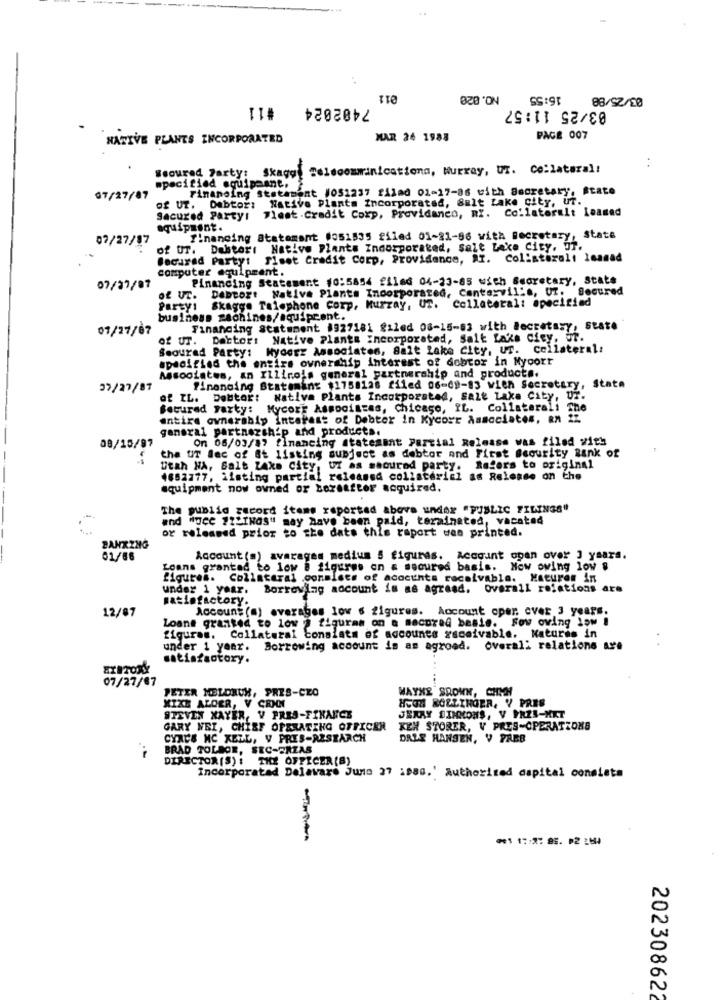
011
NO.820
16:55
03/25/88
7402024 #11
03/25 11:57
NATIVE PLANTS INCORPORATED
MAR 24 1988
PAGE 007
Weoured Party: Skaggs Telecommunications, Murray, UT. Collateral!
specified equipaant.
Finanoing Statamont 1051237 filad 01-17-as with Secretary, Atate
07/27/87
of UT. Debtor: Native Plants Incorporated, Salt Lake city, Ut.
Sacured Party: Flest.Credit Corp, Providanco, RY. Collateralt Loanad
equipment.
07/27/87
financing Statement (051535 filed 01-21-96 with Secretary, state
of UT. Dabtori Native Plants Incorporated, Salt Lake City, 5f.
Secured Party: Siset Credit Corp, Providence, AT. Colistarali loanad
computer equipment.
Financing Statement 10:5854 filed 04-23-85 with Secretary, State
07/27/07
of UT. DADBort Native Plants Incorporated, Centervil's, UZ. Secured
Party: Skaggs Talephone Corp, Murray, UT. Collateral: specified
business machines/aquiprent.
07/27/67
Financing statement 8927181 galed 08-15-63 with Secretasy, state
of UT. Dortor: Native Plants Incorporated, Salt Lake city, 57.
Seourad Party: Mycorr Associates, Salt Lake City, UT. collateral:
specified the entire ownership interest of debtor in Myoort
Associates, an Illinois general partnership and products.
37/27/87
financing Stateming $1758128 filed 06-09-83 with Secretary, State
of IL. Debtor: Nativa Plants Incorporated, Salt Lake City, U7.
Secured Party: Mycorr Associates, Chicago, IL. Collaterali The
entire ownerabip interest of Debter in Kycorr Associates, en 22
general partnership and products.
On 08/03/87 financing statement Partial Release was filed with
08/15/97
the UT Bec of St listing subject as debtor and First Security Bank of
Utah HA, Salt Lake City, Uf as maoured party. Refers to original
1652777, listing parcial released collaterich as Release on the
equipment now owned or boraafter acquired.
The public record items reported above under "PUBLIC FILINGS"
and "oce FILINGS" may have been paid, terminated, vacated
or released prior to the date this raport wes printed.
BANKING
01/66
Account (s) averages medium 5 figuras. Account ogan over 3 years.
Loans granted to low @ figures on & secured basis. Now owing low $
figures. Collateral consists of accounts receivable. Matures in
under 1 year.
Borrowing account is as agread. overall rofations are
satisfactory.
12/87
Account (a) averages low 6 figures. Account oper, over 3 years.
Loans granted to low @ figuram on & mecoral basis. Fow owing low !
figuras. Collateral consists of accounts receivable. Natures in
under 1 year. Borrowing account is as agroad. overall relations are
satisfactory.
EXITORY
07/27/07
PETER MELDRUM, PRIS-CEO
WAYNE SROWN, CHEH
HIGH ROLLINGER, Y PRES
XIXE ALDER, V CANN
STEVEN XAYER, V PRES-FINANCE
JERRY SIMMONS, V PRZN-MKT
GARY WEI, CHIEF OPERATING OFFICER
KEH STORER, V PRES-OPERATIONS
CYNCS NC KELL, V PRES-RESEARCH
DALE HANSEN, V FABB
BRAD TOLDOR, SEC-CREAS
DIRECTOR(S) : THE OFFICER(B)
Incorporatad Delavare Juno 27 1980.' Authorized capital consists
202308622